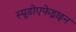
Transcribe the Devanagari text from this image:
स्यूडोएफेड्राइन